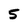
Character: 5